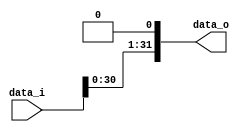
/***************************************************
Student Name: 
Student ID: 
***************************************************/

`timescale 1ns/1ps

module Shift_Left_1(
    input  		[32-1:0] data_i,
    output wire [32-1:0] data_o
    );

//shift left 1
assign data_o = data_i<<1;

endmodule